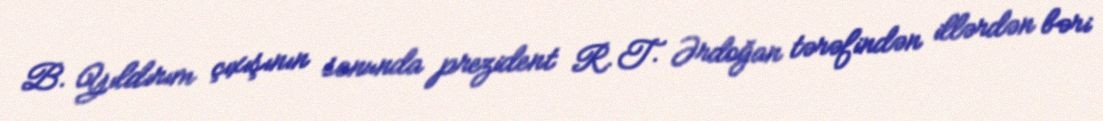
B. Yıldırım çıxışının sonunda prezident R. T. Ərdoğan tərəfindən illərdən bəri